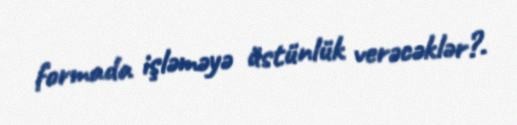
formada işləməyə üstünlük verəcəklər?.